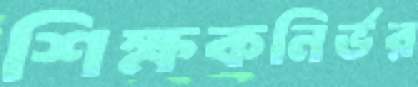
শিক্ষকনির্ভর